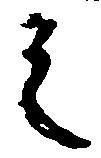
之